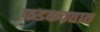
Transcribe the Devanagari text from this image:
फडकवतात